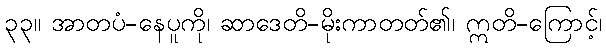
၃၃။ အာတပံ-နေပူကို၊ ဆာဒေတိ-မိုးကာတတ်၏၊ ဣတိ-ကြောင့်၊